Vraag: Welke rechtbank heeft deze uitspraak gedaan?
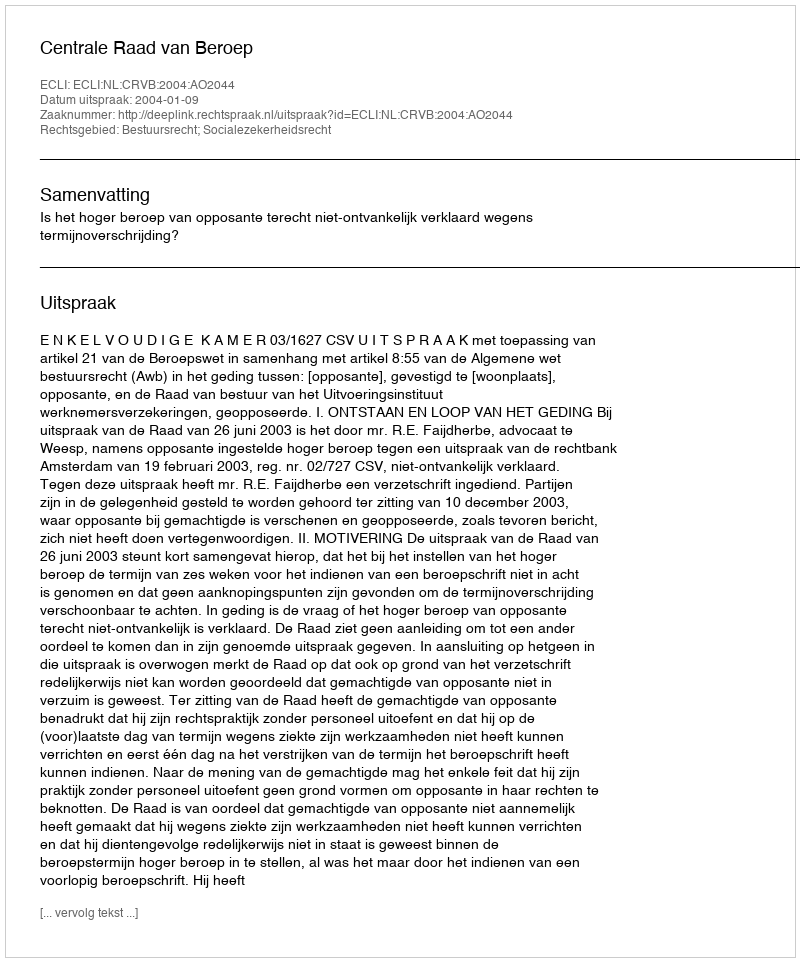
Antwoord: Centrale Raad van Beroep